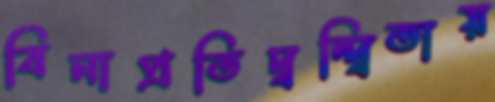
বিনাপ্রতিদ্বন্দ্বিতায়